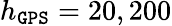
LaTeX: h_{\tt GPS}=20,200